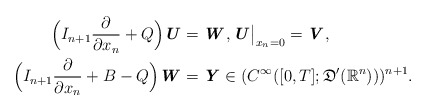
\begin{align*} \Bigl(I_{n+1}\frac{\partial }{\partial x_n} + Q\Bigr)\textbf{\textit{U}} & = \textbf{\textit{W}}, \textbf{\textit{U}}\big|_{x_n=0}=\textbf{\textit{V}},\\ \Bigl(I_{n+1}\frac{\partial }{\partial x_n} + B - Q\Bigr)\textbf{\textit{W}} & =\textbf{\textit{Y}} \in (C^\infty([0,T];\mathfrak{D}^\prime (\mathbb{R}^{n})))^{n+1}. \end{align*}